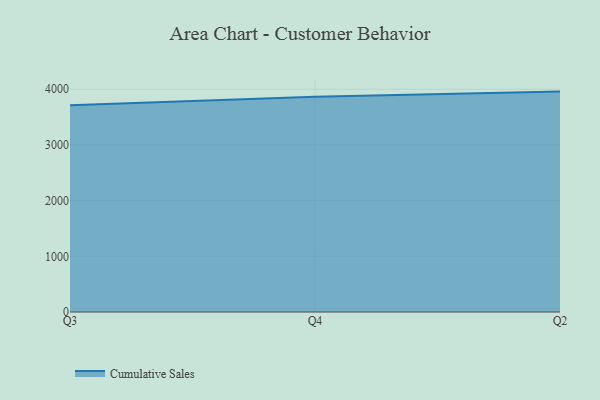
{"axis": {"x": "Quarter", "y": "Backlog"}, "legend": ["Cumulative Sales"], "data": [{"x": "Q3", "y": 3713.8, "type": "Cumulative Sales"}, {"x": "Q4", "y": 3862.9, "type": "Cumulative Sales"}, {"x": "Q2", "y": 3957.3, "type": "Cumulative Sales"}]}